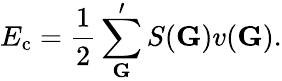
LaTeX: E_{\mathrm{c}}=\frac{1}{2}\sum_{{\mathbf G}}^{\prime}S({\mathbf G}){v}({\mathbf G}).